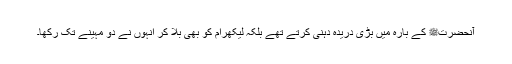
آنحضرتﷺ کے بارہ میں بڑی دریدہ دہنی کرتے تھے بلکہ لیکھرام کو بھی بلا کر انہوں نے دو مہینے تک رکھا۔